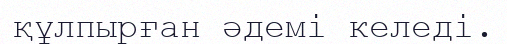
құлпырған әдемі келеді.